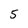
Character: 5